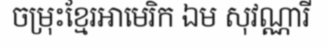
ចម្រុះខ្មែរអាមេរិក ឯម សុវណ្ណារី